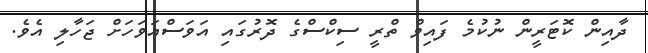
ދާއިން ކޮޓަރީން ނުކުމެ ފައިވް ތްރީ ސިކްސްގެ ދޮރުގައި އަވަސްއަވަހަށް ޖަހާލި އެވެ.